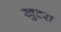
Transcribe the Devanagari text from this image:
खुटरा